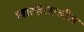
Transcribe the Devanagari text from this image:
ग्वाल्हेरमधील